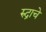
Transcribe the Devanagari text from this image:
रुद्राचे